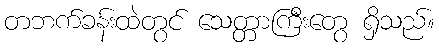
တဘက်ခန်းထဲတွင် သေတ္တာကြီးတွေ ရှိသည်။